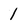
Character: 1